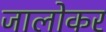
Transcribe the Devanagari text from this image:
जालोकर